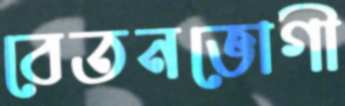
বেতনভোগী